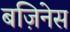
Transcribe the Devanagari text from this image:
बज़िनेस